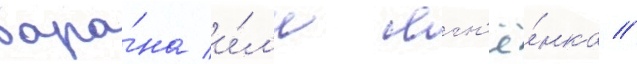
бара́на и́л'и ягн'ё́нка //